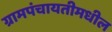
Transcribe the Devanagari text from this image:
ग्रामपंचायतीमधील